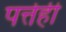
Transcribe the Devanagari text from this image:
पत्तेही